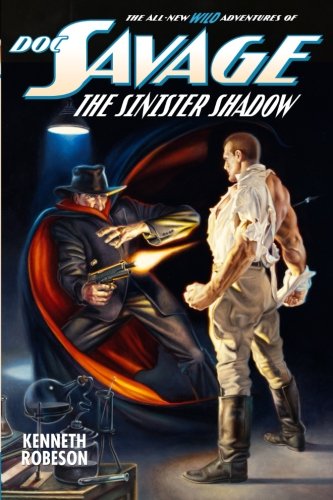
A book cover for Doc Savage: The Sinister Shadow; Kenneth Robeson; Science Fiction & Fantasy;